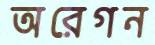
অরেগন